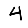
Digit: 4